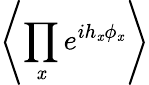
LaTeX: \left\langle\prod_{\mathit{x}}e^{ih_{\mathit{x}}\phi_{\mathit{x}}}\right\rangle